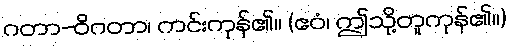
ဂတာ-ဝိဂတာ၊ ကင်းကုန်၏။ (ဧဝံ၊ ဤသို့တူကုန်၏။)